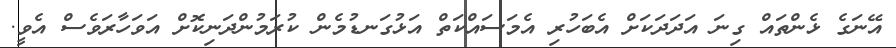
އޭނަގެ ޅެންތައް ގިނަ އަދަދަކަށް އެބަހުރި އެމަސައްކަތް އަޅުގަނޑުމެން ކުރަމުންދަނިކޮށް އަވަހާރަވެސް އެވީ.